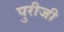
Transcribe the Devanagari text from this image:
पुरीजी